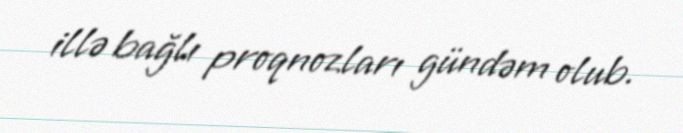
illə bağlı proqnozları gündəm olub.